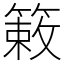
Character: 𫂙